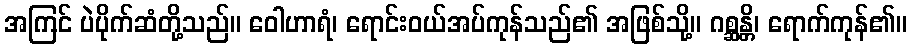
အကြင် ပဲပိုက်ဆံတို့သည်။ ဝေါဟာရံ၊ ရောင်းဝယ်အပ်ကုန်သည်၏ အဖြစ်သို့။ ဂစ္ဆန္တိ၊ ရောက်ကုန်၏။